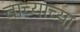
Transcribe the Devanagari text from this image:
वाच्याच्या